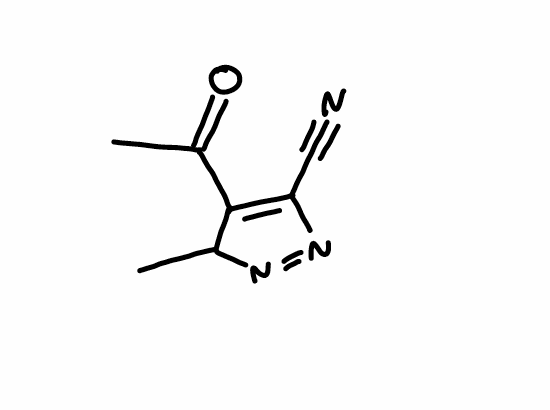
Simplified molecular-input line-entry system (SMILES) notation of the given molecule:
CC1C(=C(N=N1)C#N)C(=O)C